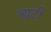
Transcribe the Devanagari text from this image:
व्ह्यटी